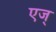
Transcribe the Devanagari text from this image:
एज्